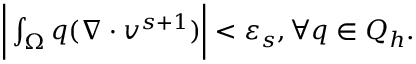
\begin{array} { r } { \bigg | \int _ { \Omega } q ( \nabla \cdot v ^ { s + 1 } ) \bigg | < \varepsilon _ { s } , \forall q \in Q _ { h } . } \end{array}